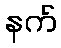
နက်